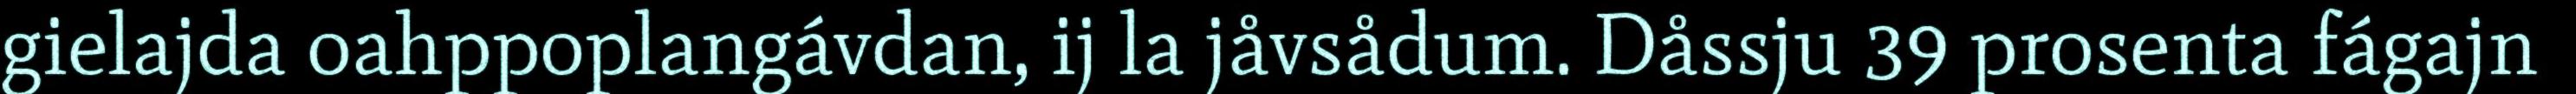
gielajda oahppoplangávdan, ij la jåvsådum. Dåssju 39 prosenta fágajn